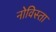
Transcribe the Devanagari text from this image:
नोविस्ता